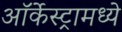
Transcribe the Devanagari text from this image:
ऑर्केस्ट्रामध्ये